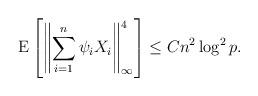
LaTeX: \begin{align*}{\mathrm{E}}\left[ \left \Vert \sum_{i=1}^{n}\psi _{i}X_{i}\right\Vert _{\infty }^{4}\right] \leq C n^2\log^2 p.\end{align*}